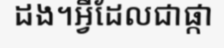
ដង។អ្វីដែលជាផ្កា